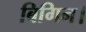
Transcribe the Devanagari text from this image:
बिगिन।